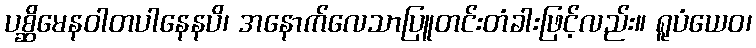
ပစ္ဆိမေနဝါတပါနေနပိ၊ အနောက်လေသာပြူတင်းတံခါးဖြင့်လည်း။ ရူပံယေဝ၊